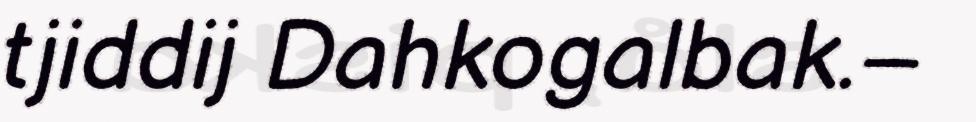
tjiddij Dahkogalbak.–